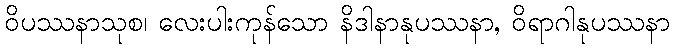
ဝိပဿနာသုစ၊ လေးပါးကုန်သော နိဒါနာနုပဿနာ, ဝိရာဂါနုပဿနာ